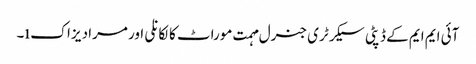
آئی ایم ایم کے ڈپٹی سیکرٹری جنرل مہمت موراٹ کالکانلی اور مراد یزاکı۔